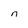
Character: n